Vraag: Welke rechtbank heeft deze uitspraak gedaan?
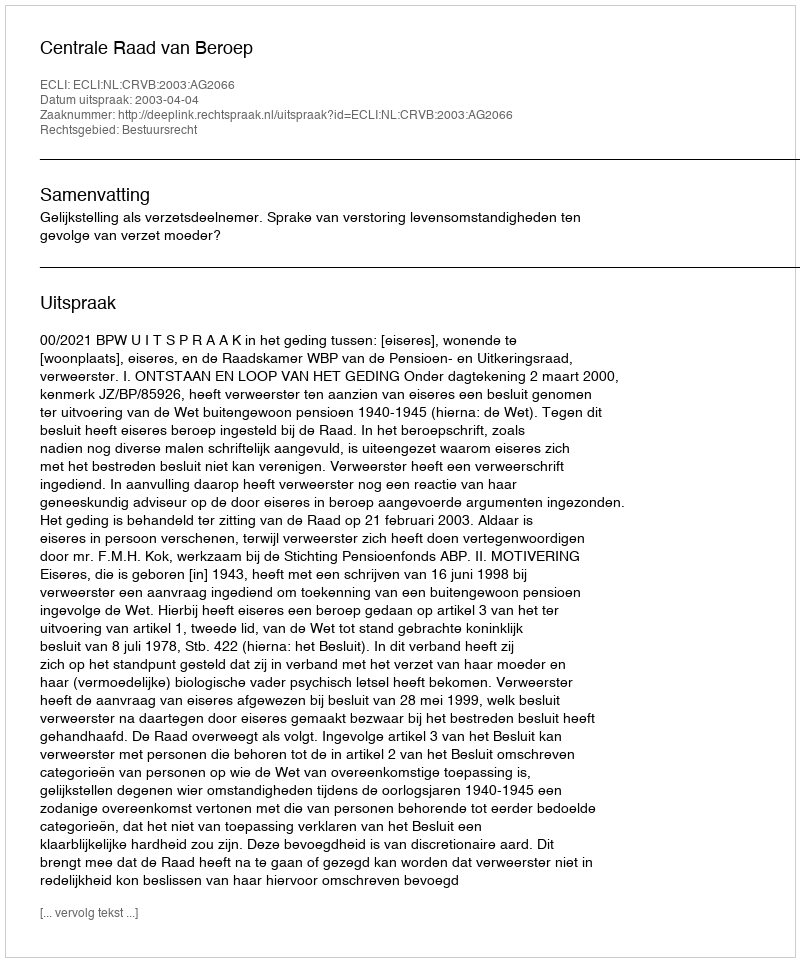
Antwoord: Centrale Raad van Beroep